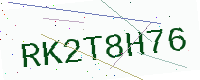
Text: RK2T8H76